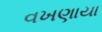
વખણાયા